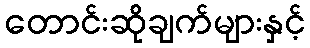
တောင်းဆိုချက်များနှင့်